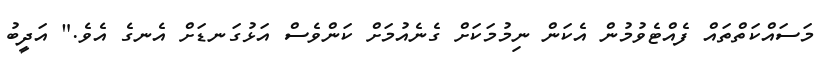
މަސައްކަތްތައް ފެއްޓެވުމުން އެކަން ނިމުމަކަށް ގެނެއުމަށް ކަންވެސް އަޅުގަނޑަށް އެނގެ އެވެ." އަދީބު